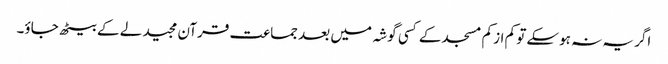
اگر یہ نہ ہوسکے تو کم از کم مسجد کے کسی گوشہ میں بعد جماعت قرآن مجید لے کے بیٹھ جاؤ۔